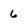
Character: 6